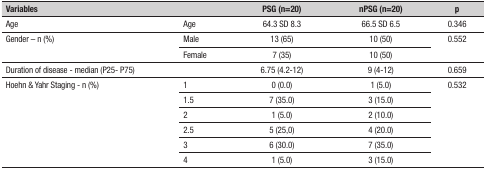
<table><thead><tr><td colspan="2"><b>Variables</b></td><td><b>PSG (n=20)</b></td><td><b>nPSG (n=20)</b></td><td><b>p</b></td></tr></thead><tbody><tr><td>Age</td><td>Age</td><td>64.3 SD 8.3</td><td>66.5 SD 6.5</td><td>0.346</td></tr><tr><td rowspan="2">Gender – n (%)</td><td>Male</td><td>13 (65)</td><td>10 (50)</td><td rowspan="2">0.552</td></tr><tr><td>Female</td><td>7 (35)</td><td>10 (50)</td></tr><tr><td colspan="2">Duration of disease - median(P25- P75)</td><td>6.75 (4.2-12)</td><td>9 (4-12)</td><td>0.659</td></tr><tr><td rowspan="6">Hoehn &amp; Yahr Staging - n(%)</td><td>1</td><td>0 (0.0)</td><td>1 (5.0)</td><td rowspan="6">0.532</td></tr><tr><td>1.5</td><td>7 (35.0)</td><td>3 (15.0)</td></tr><tr><td>2</td><td>1 (5.0)</td><td>2 (10.0)</td></tr><tr><td>2.5</td><td>5 (25,0)</td><td>4 (20.0)</td></tr><tr><td>3</td><td>6 (30.0)</td><td>7 (35.0)</td></tr><tr><td>4</td><td>1 (5.0)</td><td>3 (15.0)</td></tr></tbody></table>